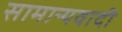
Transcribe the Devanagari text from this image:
सामान्यवादी